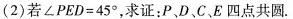
(2)若$$∠ P E D = 4 5 °$$，求证：P、D、C、E四点共圆.